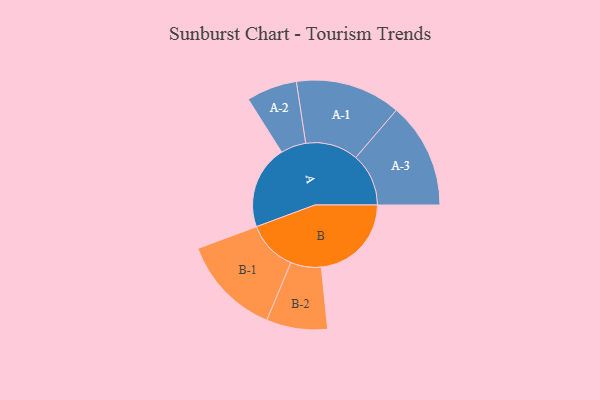
{"axis": {"x": "Segment", "y": "Value"}, "legend": ["", "A", "B"], "data": [{"x": "A", "y": 449, "type": ""}, {"x": "B", "y": 484, "type": ""}, {"x": "A-1", "y": 283, "type": "A"}, {"x": "A-2", "y": 136, "type": "A"}, {"x": "A-3", "y": 284, "type": "A"}, {"x": "B-1", "y": 270, "type": "B"}, {"x": "B-2", "y": 164, "type": "B"}]}